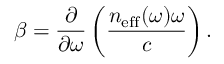
\beta = \frac { \partial } { \partial \omega } \left( \frac { n _ { \mathrm { e f f } } ( \omega ) \omega } { c } \right) .